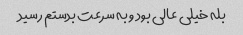
بله خیلی عالی بود و به سرعت بدستم رسید